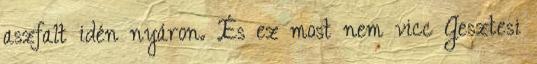
asz­falt idén nyá­ron. És ez most nem vicc Gesz­tesi